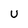
Character: U